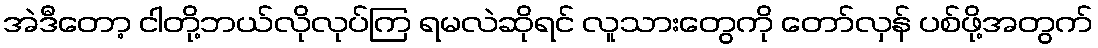
အဲဒီတော့ ငါတို့ဘယ်လိုလုပ်ကြ ရမလဲဆိုရင် လူသားတွေကို တော်လှန် ပစ်ဖို့အတွက်